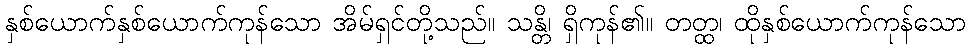
နှစ်ယောက်နှစ်ယောက်ကုန်သော အိမ်ရှင်တို့သည်။ သန္တိ၊ ရှိကုန်၏။ တတ္ထ၊ ထိုနှစ်ယောက်ကုန်သော